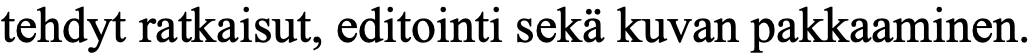
tehdyt ratkaisut, editointi sekä kuvan pakkaaminen.